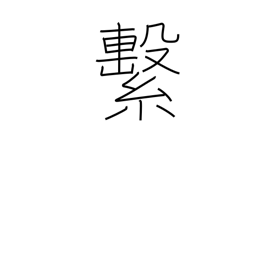
Meaning: attach